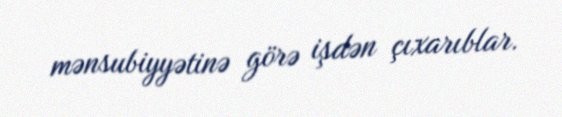
mənsubiyyətinə görə işdən çıxarıblar.